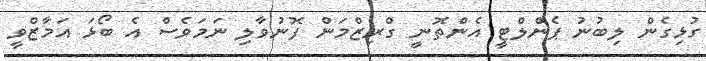
ގުޅިގެން ލިބުނު ޕެންލްޓީ އެންތޮނީ ގްރިޒްމަން ފޮނުވާލި ނަމަވެސް އެ ބޯޅަ އަމާޒްވީ